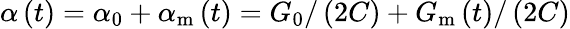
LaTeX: \alpha\left(t\right)=\alpha_{0}+\alpha_{\mathrm{m}}\left(t\right)=G_{0}/\left(2C\right)+G_{\mathrm{m}}\left(t\right)/\left(2C\right)